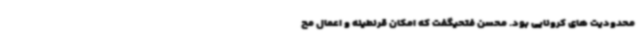
محدودیت های کرونایی بود. محسن فتحیگفت که امکان قرنطینه و اعمال مح